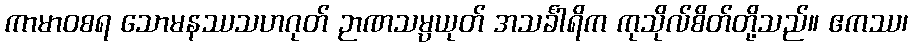
ကာမာဝစရ သောမနဿသဟဂုတ် ဉာဏသမ္ပယုတ် အသင်္ခါရိက ကုသိုလ်စိတ်တို့သည်။ ဧကဿ၊